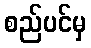
စည်ပင်မှ